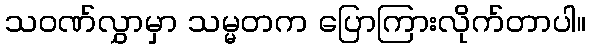
သဝဏ်လွှာမှာ သမ္မတက ပြောကြားလိုက်တာပါ။